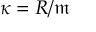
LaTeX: \kappa = R / { \mathfrak { m } }